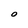
Character: O